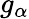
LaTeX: g_{\alpha}